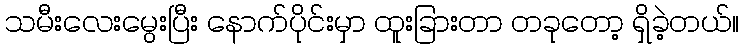
သမီးလေးမွေးပြီး နောက်ပိုင်းမှာ ထူးခြားတာ တခုတော့ ရှိခဲ့တယ်။